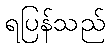
ရပြန်သည်